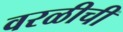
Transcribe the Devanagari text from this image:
वरळीची